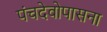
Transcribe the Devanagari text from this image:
पंचदेवोपासना